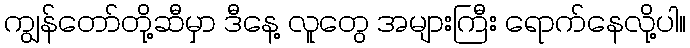
ကျွန်တော်တို့ဆီမှာ ဒီနေ့ လူတွေ အများကြီး ရောက်နေလို့ပါ။